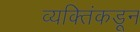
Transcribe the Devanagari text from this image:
व्यक्तिंकडून